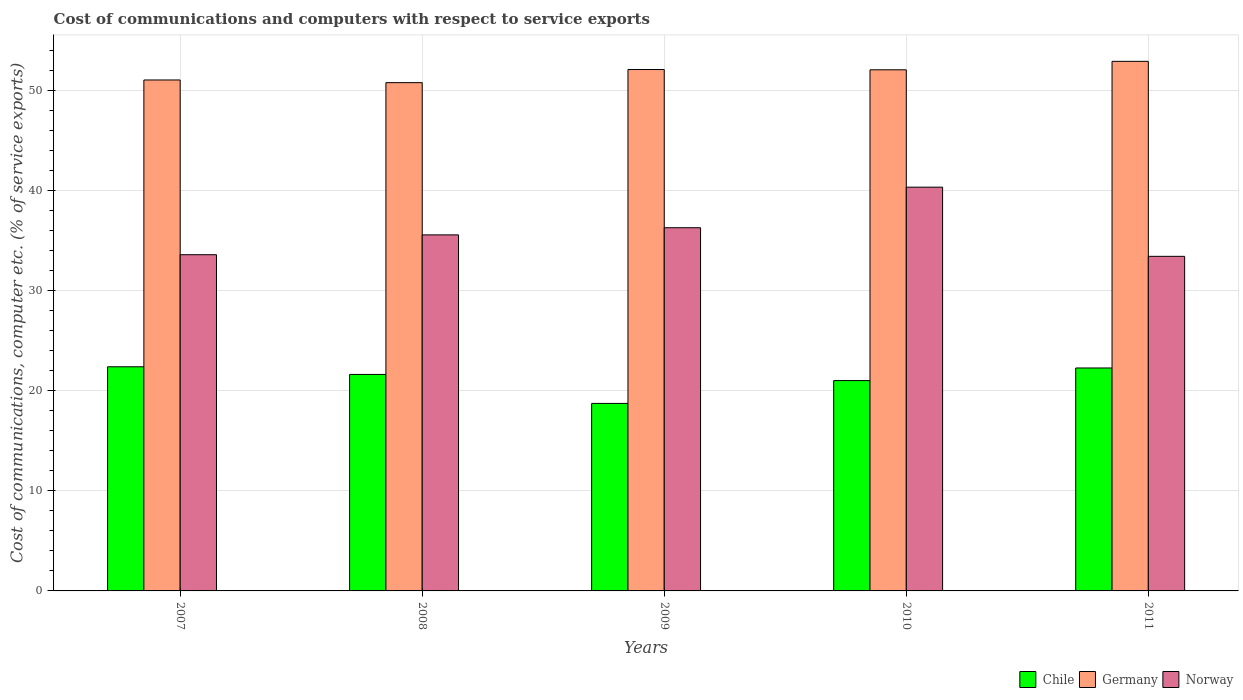
| Years | Chile | Germany | Norway |
 | --- | --- | --- | --- |
 | 2007 | 22.4 | 51.1 | 33.6 |
 | 2008 | 21.6 | 50.8 | 35.6 |
 | 2009 | 18.7 | 52.1 | 36.3 |
 | 2010 | 21 | 52.1 | 40.4 |
 | 2011 | 22.3 | 52.9 | 33.4 |